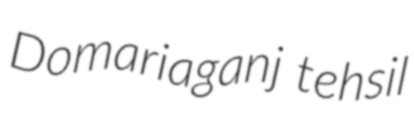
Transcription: Domariaganj tehsil